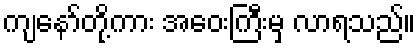
ကျနော်တို့ကား အဝေးကြီးမှ လာရသည်။